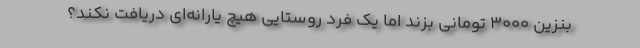
بنزین ۳۰۰۰ تومانی بزند اما یک فرد روستایی هیچ یارانه‌ای دریافت نکند؟